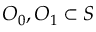
O _ { 0 } , O _ { 1 } \subset S